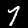
Label: 7